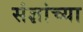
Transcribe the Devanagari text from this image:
संज्ञांच्या